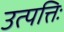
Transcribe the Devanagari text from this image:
उत्पत्तिः